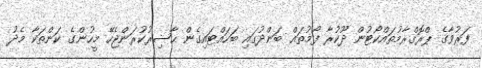
ފަރުވާގެ ޕްރޮގްރާމުތައްކޯޓުން ދޫކުރާ ފޯމުތައް ބަންދުގައި ބަހައްޓައިގެން ޙާޟިރުކުރަންޖެހޭ މީހުންގެ ކަންތަކާ މެދު